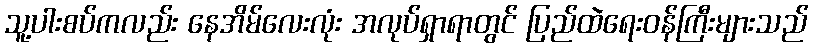
သူ့ပါးစပ်ကလည်း နေအိမ်လေးလုံး အလုပ်ရှာရာတွင် ပြည်ထဲရေးဝန်ကြီးများသည်